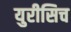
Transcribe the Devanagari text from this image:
युरीसिच